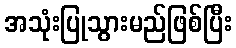
အသုံးပြုသွားမည်ဖြစ်ပြီး